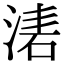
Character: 湱